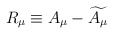
\begin{align*}R_{\mu }\equiv A_{\mu }-\widetilde{A_{\mu }}\end{align*}